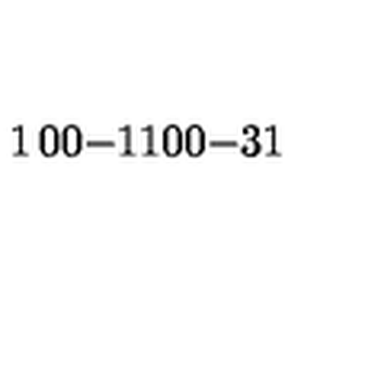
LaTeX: \begin{matrix} { 1 } & { 0 } & { 0 } \\ { - 1 } & { 1 } & { 0 } \\ { 0 } & { - 3 } & { 1 } \\ \end{matrix}